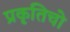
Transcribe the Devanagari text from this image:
प्रकृतिचो